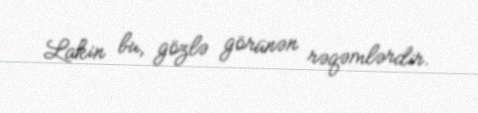
Lakin bu, gözlə görünən rəqəmlərdir.